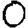
Digit: 0